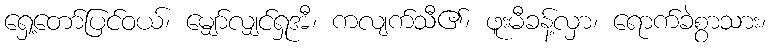
ရှေ့တော်ပြင်ဝယ်၊ မျှော်လျှင်ရှုအီ၊ ကလျက်သီ၏၊ ဖူးမီခန့်လှာ၊ ရောက်ခဲစွာသား၊